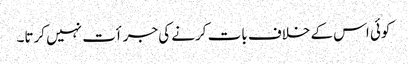
کوئی اس کے خلاف بات کرنے کی جرأت نہیں کرتا۔